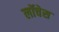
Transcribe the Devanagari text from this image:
लॉचेस